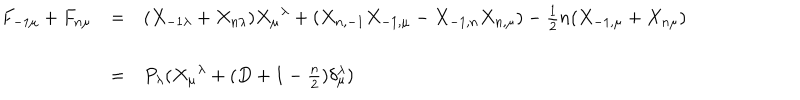
LaTeX: \begin{array} { l c l } { { F _ { - 1 \mu } + F _ { n \mu } } } & { { = } } & { { ( X _ { - 1 \lambda } + X _ { n \lambda } ) { X _ { \mu } } ^ { \lambda } + ( X _ { n , - 1 } X _ { - 1 , \mu } - X _ { - 1 , n } X _ { n , \mu } ) - \frac { 1 } { 2 } n ( X _ { - 1 , \mu } + X _ { n \mu } ) } } \\ { { } } & { { } } & { { } } \\ { { } } & { { = } } & { { P _ { \lambda } ( { X _ { \mu } } ^ { \lambda } + ( D + 1 - \frac { n } { 2 } ) \delta _ { \mu } ^ { \lambda } ) } } \\ \end{array}